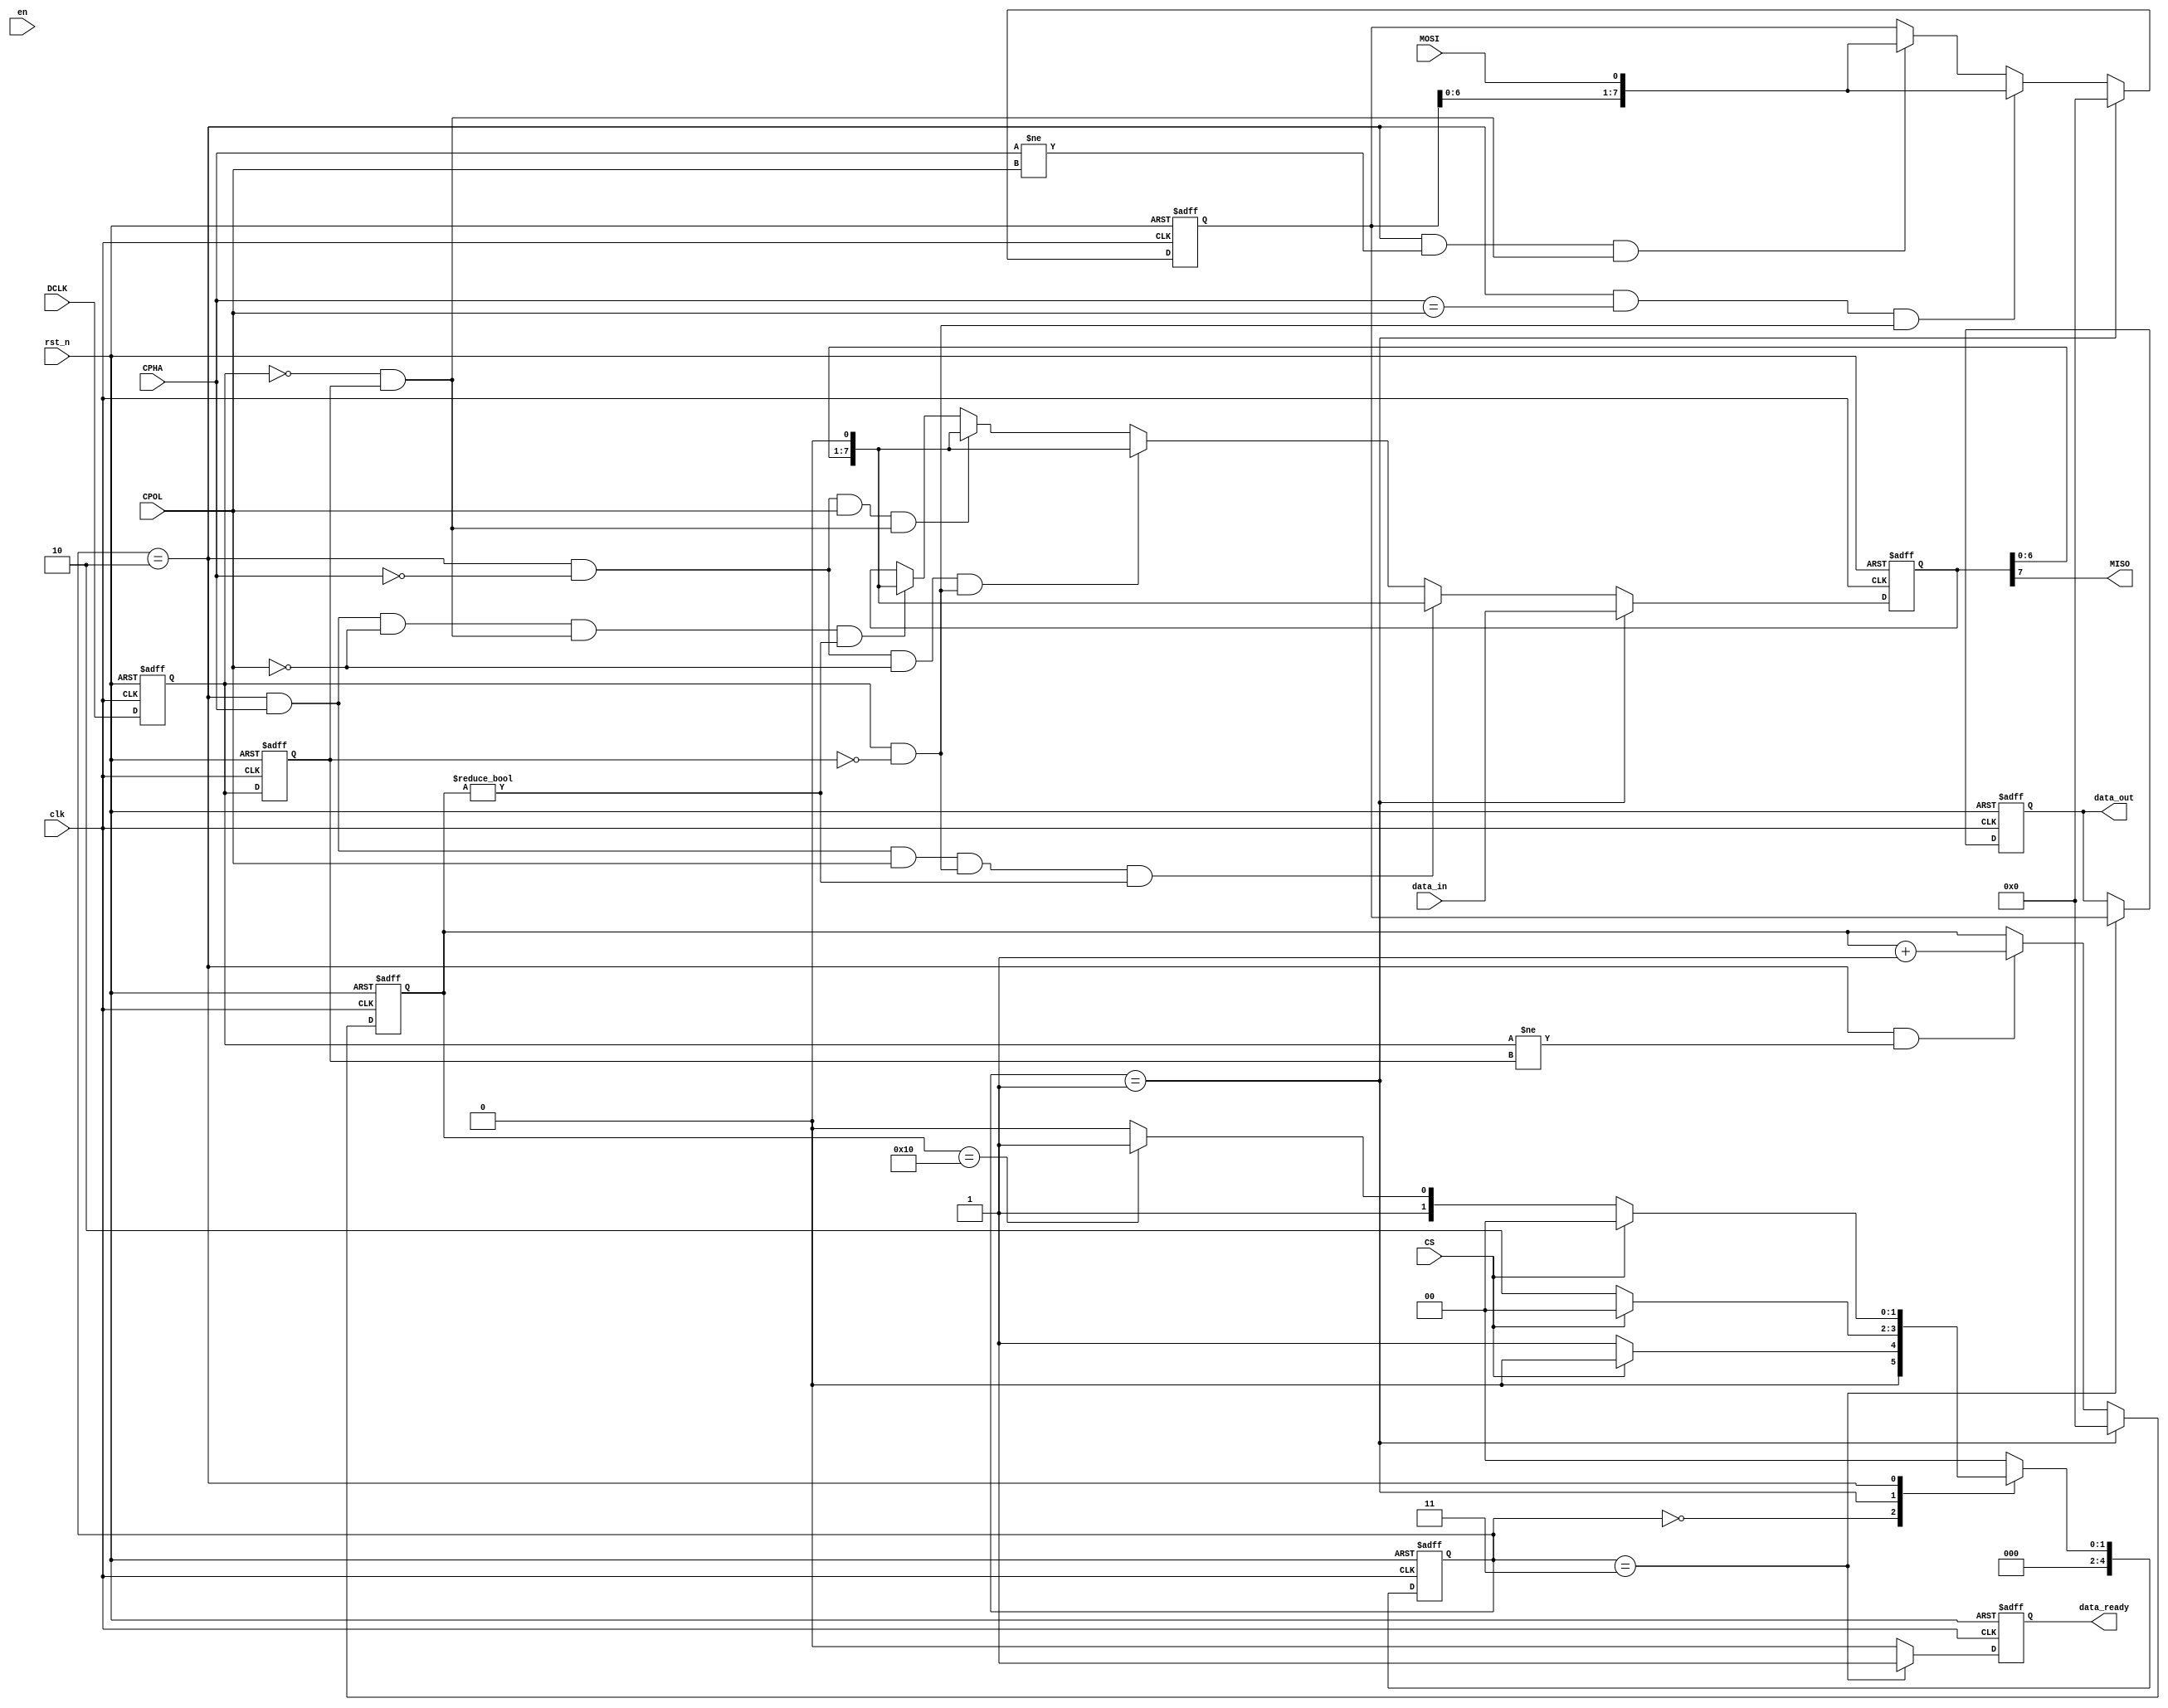
//////////////////////////////////////////////////////////////////////////////////
// Company: 
// Engineer: 
// 
// Design Name: 
// Module Name: spi_slave_core
// Project Name: 
// Target Devices: 
// Tool Versions: 
// Description: CPOLCPHA
//()mode 0:00:sclk
//()mode 1:01:sclk
//()mode 2:10:sclk
//()mode 3:11:sclk
// Dependencies: 
// 
// Revision:
// Revision 0.01 - File Created
// Additional Comments:
// 
//////////////////////////////////////////////////////////////////////////////////
module spi_slave_core (
    input clk,
    input rst_n,
    input en,

    input  CPOL,  // 
    input  CPHA,  // 
    input  CS,    //chip select (SPI mode)
    input  DCLK,  //spi clock
    input  MOSI,  //spi data input
    output MISO,  //spi output 

    input  [7:0] data_in,    //data in
    output [7:0] data_out,   //data out
    output       data_ready  //
);

  /***************************/
  parameter BITNUM = 8'd8;
  localparam BITCNT = BITNUM * 2;
  /***************************/
  reg [7:0] MOSI_shift;
  reg [7:0] MISO_shift;
  reg [7:0] r_data_out;
  reg       r_data_ready;

  reg [7:0] r_rising_cnt;
  reg [7:0] r_falling_cnt;
  reg [7:0] r_edge_cnt;
  reg r_dclk_d0, r_dclk_d1;
  wire r_sampling_r;
  wire r_sampling_f;
  wire r_sampling;
  /***************************/
  assign MISO       = MISO_shift[7];
  assign data_ready = r_data_ready;
  assign data_out   = r_data_out;
  /***************************/
  always @(posedge clk, negedge rst_n) begin
    if (!rst_n) begin
      r_dclk_d0 <= 1'b0;
      r_dclk_d1 <= 1'b0;
    end else begin
      r_dclk_d0 <= DCLK;
      r_dclk_d1 <= r_dclk_d0;
    end
  end
  assign r_sampling_r = r_dclk_d0 & !r_dclk_d1;  //
  assign r_sampling_f = !r_dclk_d0 & r_dclk_d1;  //
  assign r_sampling   = (r_dclk_d0 != r_dclk_d1);  //
  /******************************************************/
  reg [4:0] STATE_CURRENT;
  reg [4:0] STATE_NEXT;
  localparam S_IDLE = 5'd0;  //
  localparam S_INIT = 5'd1;  //
  localparam S_DCLK_IDLE = 5'd2;  //
  localparam S_ACK = 5'd3;  //

  always @(posedge clk, negedge rst_n) begin
    if (!rst_n) STATE_CURRENT <= S_IDLE;
    else STATE_CURRENT <= STATE_NEXT;
  end
  reg [31:0] state_clk_cnt;
  always @(posedge clk, negedge rst_n) begin
    if (!rst_n) state_clk_cnt <= 32'd0;
    else if (STATE_NEXT != STATE_CURRENT) state_clk_cnt <= 32'd0;
    else state_clk_cnt <= state_clk_cnt + 1'd1;
  end
  /******************************************************/
  always @(*) begin
    case (STATE_CURRENT)
      S_IDLE: begin
        if (!CS) STATE_NEXT = S_INIT;
        else STATE_NEXT = S_IDLE;
      end
      S_INIT: begin
        if (CS) STATE_NEXT = S_IDLE;
        else STATE_NEXT = S_DCLK_IDLE;
      end
      S_DCLK_IDLE: begin
        if (CS) STATE_NEXT = S_IDLE;
        else if (r_edge_cnt == BITCNT) STATE_NEXT = S_ACK;
        else STATE_NEXT = S_DCLK_IDLE;
      end
      S_ACK: begin
        STATE_NEXT = S_IDLE;
      end
      default: STATE_NEXT = S_IDLE;
    endcase
  end

  /******************************************************/
  always @(posedge clk, negedge rst_n) begin
    if (!rst_n) r_rising_cnt <= 'd0;
    else if (STATE_CURRENT == S_INIT) r_rising_cnt <= 'd0;
    else if (STATE_CURRENT == S_DCLK_IDLE && r_sampling_r) r_rising_cnt <= r_rising_cnt + 1'd1;
    else r_rising_cnt <= r_rising_cnt;
  end
  always @(posedge clk, negedge rst_n) begin
    if (!rst_n) r_falling_cnt <= 'd0;
    else if (STATE_CURRENT == S_INIT) r_falling_cnt <= 'd0;
    else if (STATE_CURRENT == S_DCLK_IDLE && r_sampling_f) r_falling_cnt <= r_falling_cnt + 1'd1;
    else r_falling_cnt <= r_falling_cnt;
  end
  always @(posedge clk, negedge rst_n) begin
    if (!rst_n) r_edge_cnt <= 'd0;
    else if (STATE_CURRENT == S_INIT) r_edge_cnt <= 'd0;
    else if (STATE_CURRENT == S_DCLK_IDLE && r_sampling) r_edge_cnt <= r_edge_cnt + 1'd1;
    else r_edge_cnt <= r_edge_cnt;
  end
  /******************************************************/
  always @(posedge clk, negedge rst_n) begin
    if (!rst_n) MOSI_shift <= 'd0;
    else if (STATE_CURRENT == S_INIT) MOSI_shift <= 'd0;
    else if (STATE_CURRENT == S_DCLK_IDLE && CPHA == CPOL && r_sampling_r) MOSI_shift <= {MOSI_shift[6:0], MOSI};  //
    else if (STATE_CURRENT == S_DCLK_IDLE && CPHA != CPOL && r_sampling_f) MOSI_shift <= {MOSI_shift[6:0], MOSI};  //
    else MOSI_shift <= MOSI_shift;
  end
  always @(posedge clk, negedge rst_n) begin
    if (!rst_n) r_data_out <= 'd0;
    else if (STATE_CURRENT == S_ACK) r_data_out <= MOSI_shift;
    else r_data_out <= r_data_out;
  end
  always @(posedge clk, negedge rst_n) begin
    if (!rst_n) r_data_ready <= 1'd0;
    else if (STATE_CURRENT == S_ACK) r_data_ready <= 1'b1;
    else r_data_ready <= 1'd0;
  end
  /*****************************************************/
  always @(posedge clk, negedge rst_n) begin
    if (!rst_n) MISO_shift <= 'd0;
    else if (STATE_CURRENT == S_INIT) MISO_shift <= data_in;
    else if (STATE_CURRENT == S_DCLK_IDLE && CPHA && CPOL && r_sampling_r && r_edge_cnt != 'd0) MISO_shift <= {MISO_shift[6:0], 1'b0};  //
    else if (STATE_CURRENT == S_DCLK_IDLE && !CPHA && !CPOL && r_sampling_r) MISO_shift <= {MISO_shift[6:0], 1'b0};  //
    else if (STATE_CURRENT == S_DCLK_IDLE && !CPHA && CPOL && r_sampling_f) MISO_shift <= {MISO_shift[6:0], 1'b0};  //
    else if (STATE_CURRENT == S_DCLK_IDLE && CPHA && !CPOL && r_sampling_f && r_edge_cnt != 'd0) MISO_shift <= {MISO_shift[6:0], 1'b0};  //
    else MISO_shift <= MISO_shift;
  end
endmodule